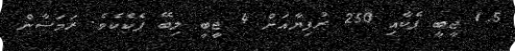
1.5 ޖީބީ ޕެކާއި 250 ރުފިޔާއަށް 4 ޖީބީ ލިބޭ ޕެކެކެވެ. ރަމަޟާން